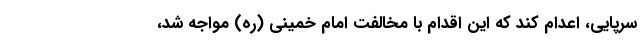
سرپایی، اعدام کند که این اقدام با مخالفت امام خمینی (ره) مواجه شد،